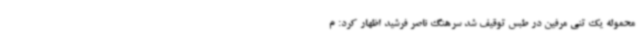
محموله یک تنی مرفین در طبس توقیف شد سرهنگ ناصر فرشید اظهار کرد: م